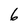
Character: 6